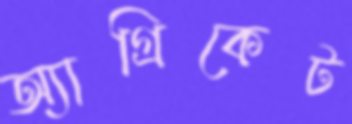
অ্যাগ্রিকেট